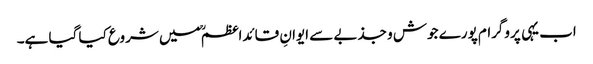
اب یہی پروگرام پورے جوش و جذبے سے ایوانِ قائداعظمؒ میں شروع کیا گیا ہے۔